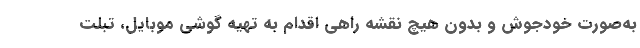
به‌صورت خودجوش و بدون هیچ نقشه راهی اقدام به تهیه گوشی موبایل، تبلت